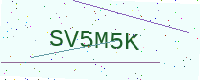
Text: SV5M5K